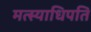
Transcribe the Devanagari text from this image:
मत्स्याधिपति